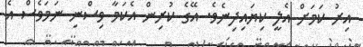
އިރު ކަމަށް އެލީ ކިޔައިދިނެވެ. އޭގެ ކުރިން އެކަމާ ވިސްނި ނަމަވެސް އެ